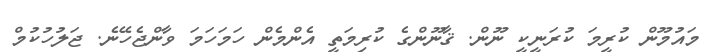
މައުމޫން ކުރީމަ ކުރަނީކީ ނޫން. ޤާނޫންގެ ކުރިމަތީ އެންމެން ހަމަހަމަ ވާންޖެހޭނެ. ޖަލުހުކުމް